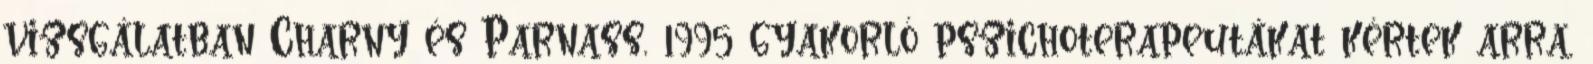
vizsgálatban Charny és Parnass, 1995 gyakorló pszichoterapeutákat kértek arra,